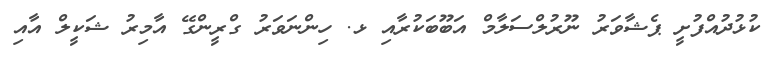
ކުޅުދުއްފުށީ ޕެޝާވަރު ނޫރުލްސަލާމް އަބޫބަކުރާއި ޅ. ހިންނަވަރު ގްރީންގޭ އާމިރު ޝަކީލް އާއި